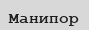
Манипор